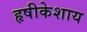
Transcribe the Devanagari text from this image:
हृषीकेशाय